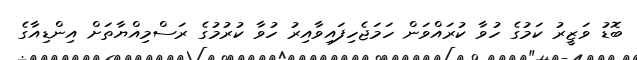
ބޮޑު ވަޒީރު ކަމުގެ ހުވާ ކުރައްވަން ހަމަޖެހިފައިވާއިރު ހުވާ ކުރުމުގެ ރަސްމިއްޔާތަށް އިންޑިއާގެ